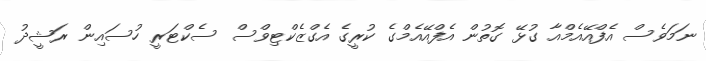
ނަމަވެސް އެފްއޭއެމްއާ ގުޅޭ ގޮތުން އެފްއޭއެމްގެ ކުރީގެ އެގްޒެކްޓިވްސް ސެކްޓަރީ ހުސައިން ރަޝީދު